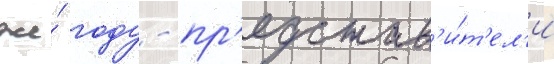
же́ году - пр'едстав'и́т'ел'и